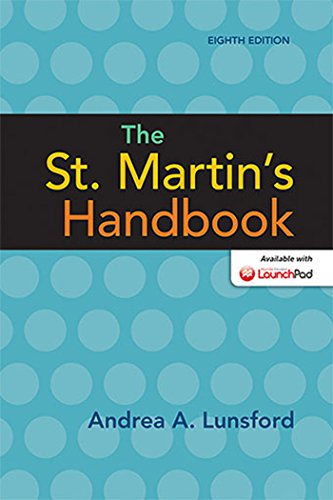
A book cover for The St. Martin's Handbook; Andrea A. Lunsford; Reference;